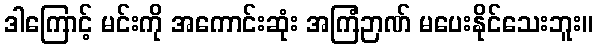
ဒါကြောင့် မင်းကို အကောင်းဆုံး အကြံဉာဏ် မပေးနိုင်သေးဘူး။